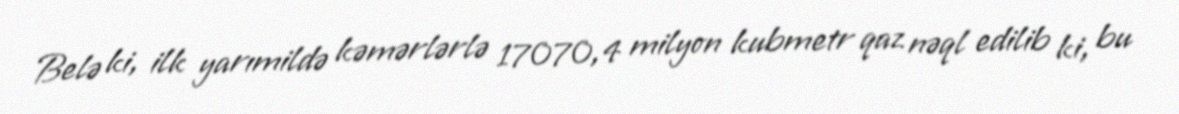
Belə ki, ilk yarımildə kəmərlərlə 17070,4 milyon kubmetr qaz nəql edilib ki, bu